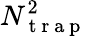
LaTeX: N_{\mathrm{~t~r~a~p~}}^{2}